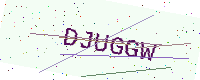
Text: DJUGGW